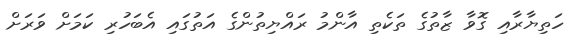
ހަތިޔާރާއި ގޮވާ ޒާތުގެ ތަކެތި އާންމު ރައްޔިތުންގެ އަތުގައި އެބަހުރި ކަމަށް ވަރަށް